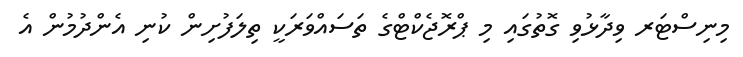
މިނިސްޓަރ ވިދާޅުވި ގޮތުގައި މި ޕްރޮޖެކްޓްގެ ތަސައްވަރަކީ ތިލަފުށިން ކުނި އެންދުމުން އެ